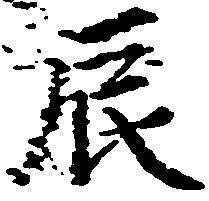
辰